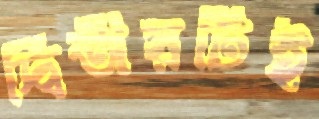
দ্বিতীয়টিই